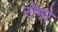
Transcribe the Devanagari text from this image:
रोमो